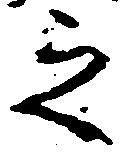
之